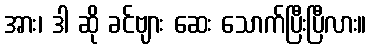
အား၊ ဒါ ဆို ခင်ဗျား ဆေး သောက်ပြီးပြီလား။